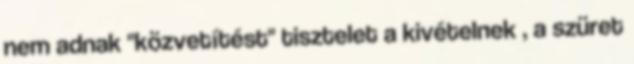
nem adnak "közvetítést" tisztelet a kivételnek , a szüret